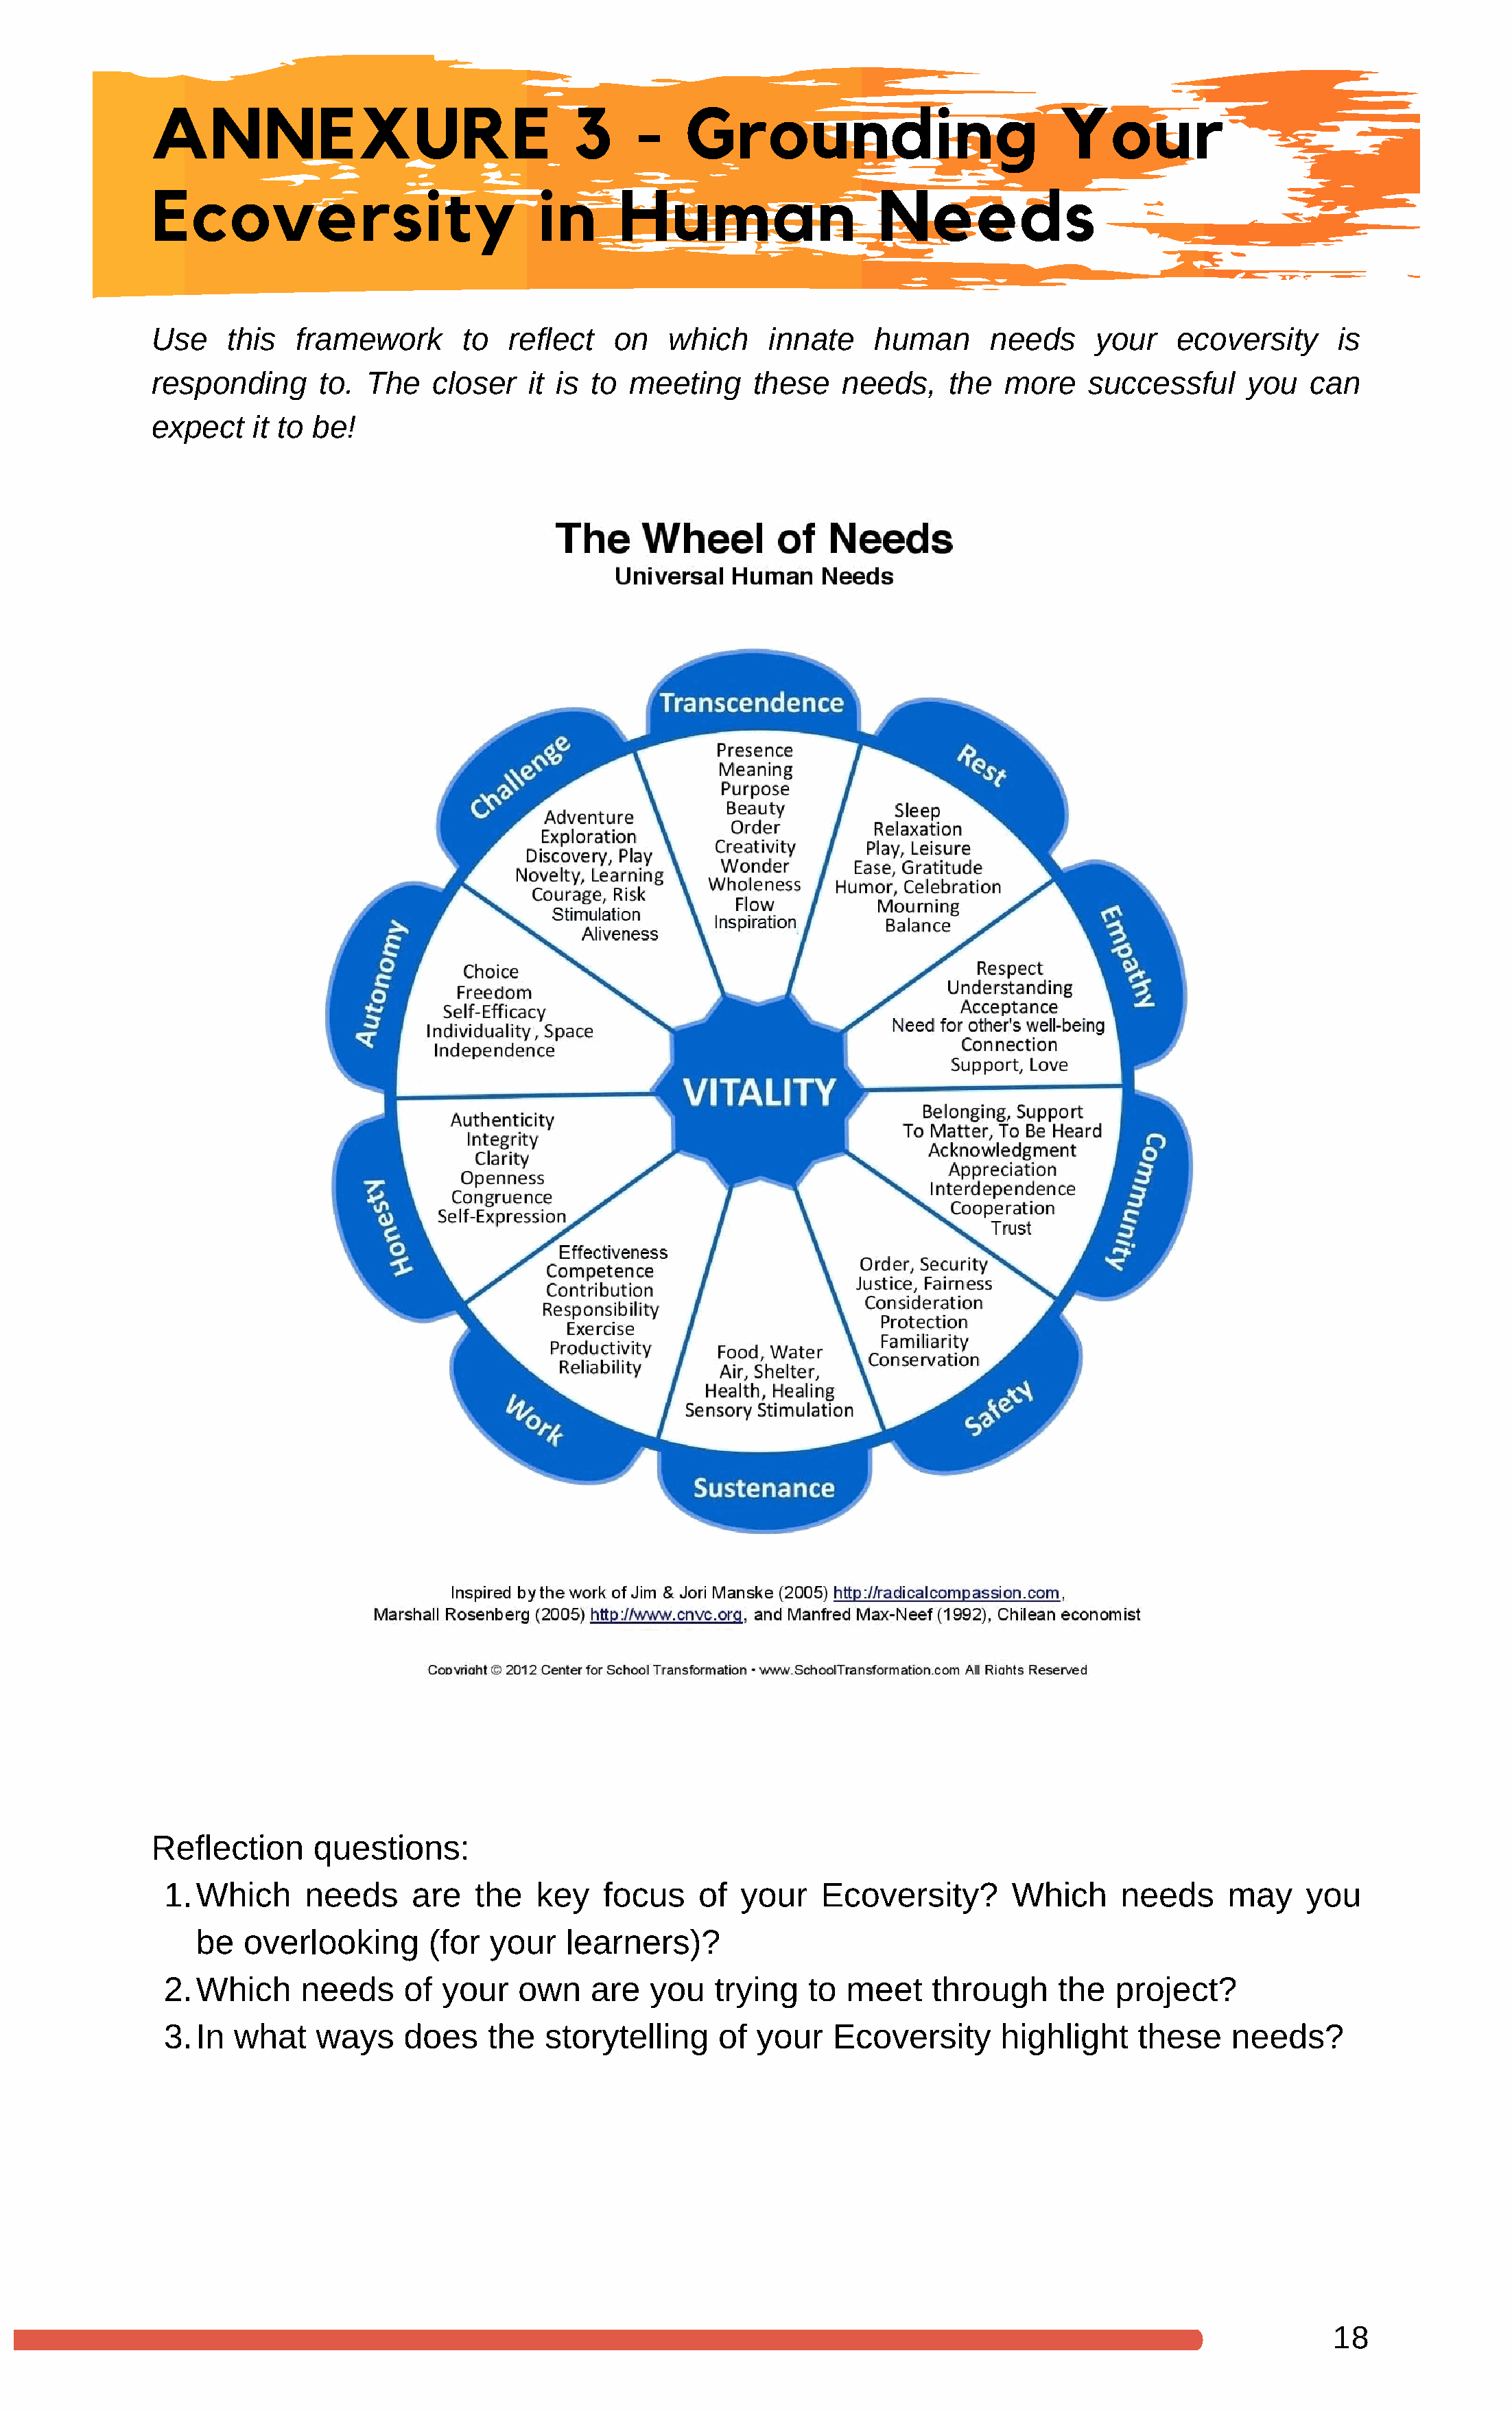
ANNEXURE                                3     -    Grounding                           Your
 Ecoversity                           in      Human                    Needs
 Use    this   framework       to  reflect   on   which     innate    human       needs     your   ecoversity      is
 responding      to. The    closer   it is to  meeting     these   needs,     the  more    successful     you   can
 expect   it to be!
 Reflection     questions:
 1.Which      needs      are   the   key   focus    of  your    Ecoversity?        Which     needs     may     you
 be   overlooking      (for  your    learners)?
 2.Which      needs     of  your   own    are   you   trying   to  meet    through     the   project?
 3.In   what   ways     does    the   storytelling    of  your   Ecoversity       highlight    these    needs?
 18